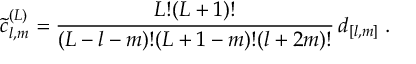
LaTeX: \tilde { c } _ { l , m } ^ { ( L ) } = \frac { L ! ( L + 1 ) ! } { ( L - l - m ) ! ( L + 1 - m ) ! ( l + 2 m ) ! } \, d _ { [ l , m ] } \; .